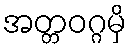
အတ္တဝဂ္ဂမှိ